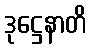
ဒုဋ္ဌေနာတိ